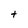
Character: t